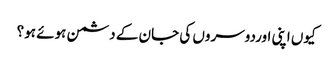
کیوں اپنی اوردوسروں کی جان کے دشمن ہوئے ہو؟